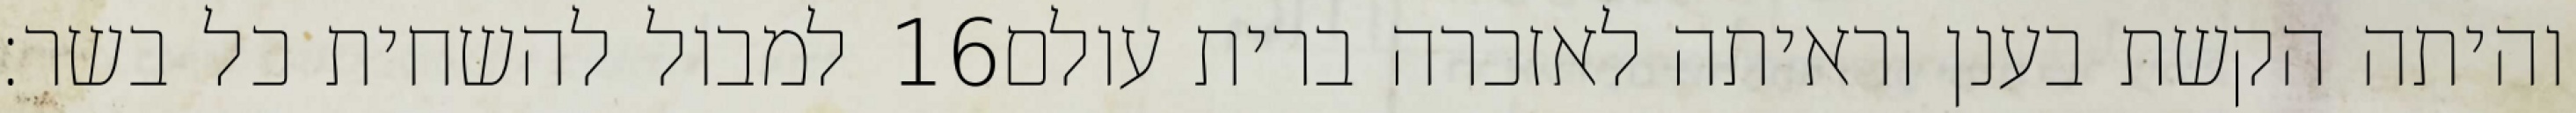
למבול להשחית כל בשר׃ ‎16‏ והיתה הקשת בענן וראיתה לאזכרה ברית עולם